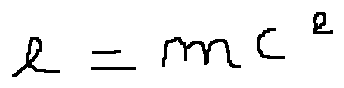
e = m c ^ { 2 }